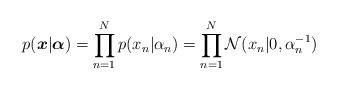
LaTeX: \begin{align*}p(\boldsymbol{x}|\boldsymbol{\alpha})=\prod_{n=1}^Np(x_n|\alpha_n)=\prod_{n=1}^N\mathcal{N}(x_n|0,\alpha_n^{-1})\end{align*}